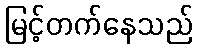
မြင့်တက်နေသည်